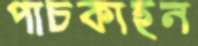
পাচকাহন